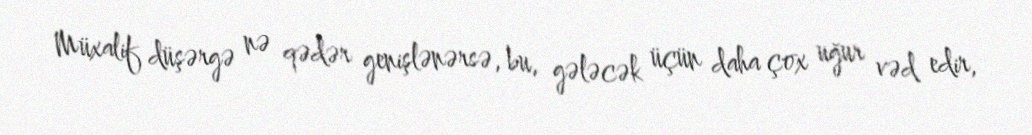
Müxalif düşərgə nə qədər genişlənərsə, bu, gələcək üçün daha çox uğur vəd edir,